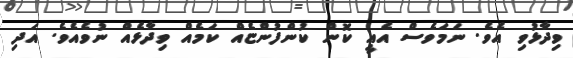
ވިދާޅުވި އެވެ. ނަމަވެސް އެއީ ކޮން ކުންފުންޏެއް ކަމެއް ވިދާޅެއް ނުވެއެވެ. އަދި